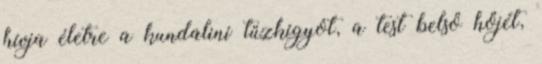
hívja életre a kundaliní tűzkígyót, a test belső hőjét,